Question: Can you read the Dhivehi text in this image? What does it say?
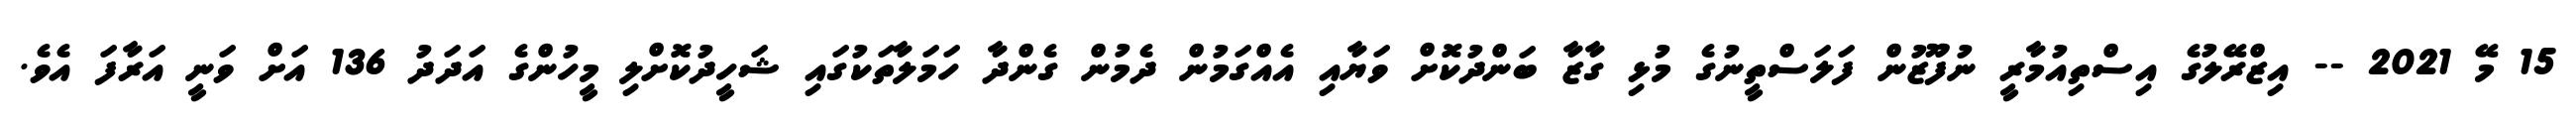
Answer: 15 މޭ 2021 -- އިޒްރޭލުގެ އިސްތިއުމާރީ ނުފޫޒުން ފަލަސްތީނުގެ މުޅި ގާޒާ ބަންދުކޮށް ވަޔާއި އެއްގަމުން ދެމުން ގެންދާ ހަމަލާތަކުގައި ޝަހީދުކޮށްލި މީހުންގެ އަދަދު 136 އަށް ވަނީ އަރާފަ އެވެ.